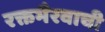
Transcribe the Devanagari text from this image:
रक्तभैरवाची